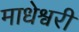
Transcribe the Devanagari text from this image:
माधेश्वरी